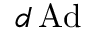
d \operatorname { A d }